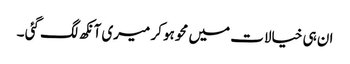
ان ہی خیالات میں محو ہو کر میری آنکھ لگ گئی ۔